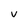
Character: V